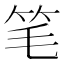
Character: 笔